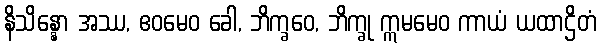
နိသိန္နော အဿ, ဧဝမေဝ ခေါ, ဘိက္ခဝေ, ဘိက္ခု ဣမမေဝ ကာယံ ယထာဌိတံ